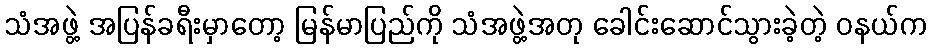
သံအဖွဲ့ အပြန်ခရီးမှာတော့ မြန်မာပြည်ကို သံအဖွဲ့အတု ခေါင်းဆောင်သွားခဲ့တဲ့ ဝနယ်က